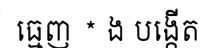
ធ្មេញ * ង បង្កើត